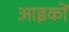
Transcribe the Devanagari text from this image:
आइकों